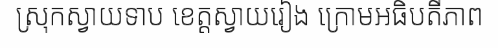
ស្រុកស្វាយទាប ខេត្តស្វាយរៀង ក្រោមអធិបតីភាព